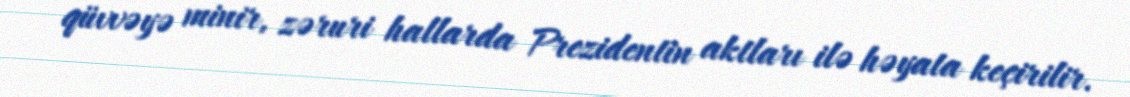
qüvvəyə minir, zəruri hallarda Prezidentin aktları ilə həyata keçirilir.